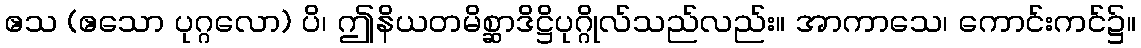
ဧသ (ဧသော ပုဂ္ဂလော) ပိ၊ ဤနိယတမိစ္ဆာဒိဋ္ဌိပုဂ္ဂိုလ်သည်လည်း။ အာကာသေ၊ ကောင်းကင်၌။